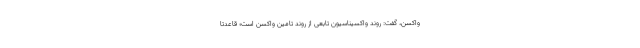
واکسن، گفت: روند واکسیناسیون تابعی از روند تامین واکسن است؛ قاعدتا